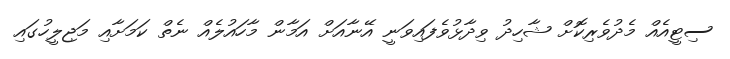
ސިޓީއެއް މެދުވެރިކޮށް ޝާހިދު ވިދާޅުވެފައިވަނީ އޭނާއަށް އަމާން މާހައުލެއް ނެތް ކަމަށާއި މަޖިލީހުގައި